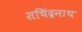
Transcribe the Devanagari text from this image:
सचिंद्रनाथ